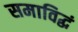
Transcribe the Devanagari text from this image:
समाविद्धं